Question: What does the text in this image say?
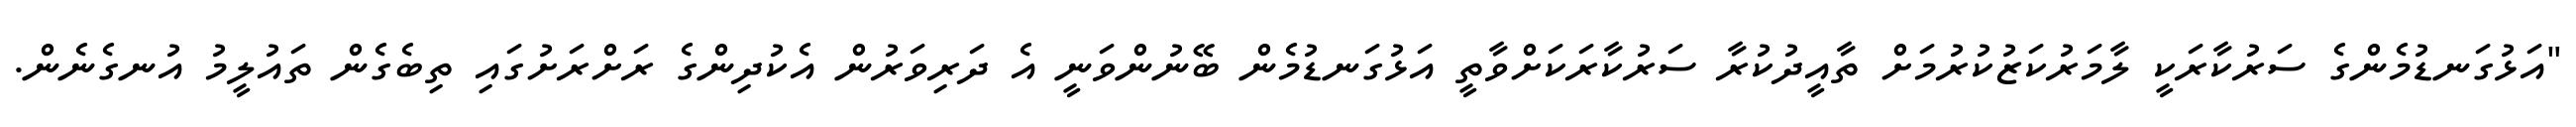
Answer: "އަޅުގަނޑުމެންގެ ސަރުކާރަކީ ލާމަރުކަޒުކުރުމަށް ތާއީދުކުރާ ސަރުކާރަކަށްވާތީ އަޅުގަނޑުމެން ބޭނުންވަނީ އެ ދަރިވަރުން އެކުދިންގެ ރަށްރަށުގައި ތިބެގެން ތައުލީމު އުނގެނެން.